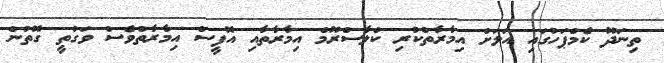
ތިނަދޫ ކެމްޕަހުގައި އަލަށް އިމާރާތްކުރި ކްލާސްރޫމް އިމާރާތާއި އޮފީސް އިމާރާތްވެސް ވަގުތީ ގޮތުން